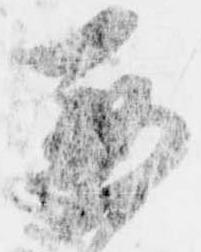
兼